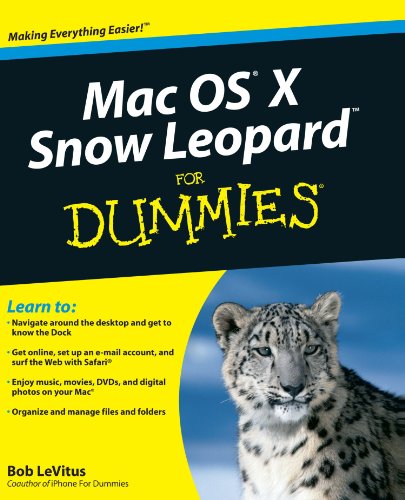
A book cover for Mac OS X Snow Leopard For Dummies; Bob LeVitus; Computers & Technology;